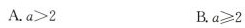
A.$$a > 2$$ B.$$a \ge 2$$